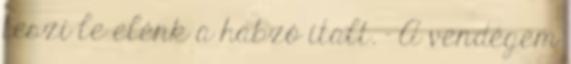
teszi le elénk a habzó italt. - A vendégem